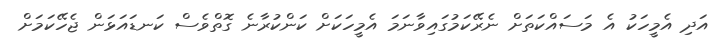
އަދި އެމީހަކު އެ މަސައްކަތަށް ނެރޭކަމުގައިވާނަމަ އެމީހަކަށް ކަންކުރާނެ ގޮތްވެސް ކަނޑައަޅަން ޖެހޭކަމަށް